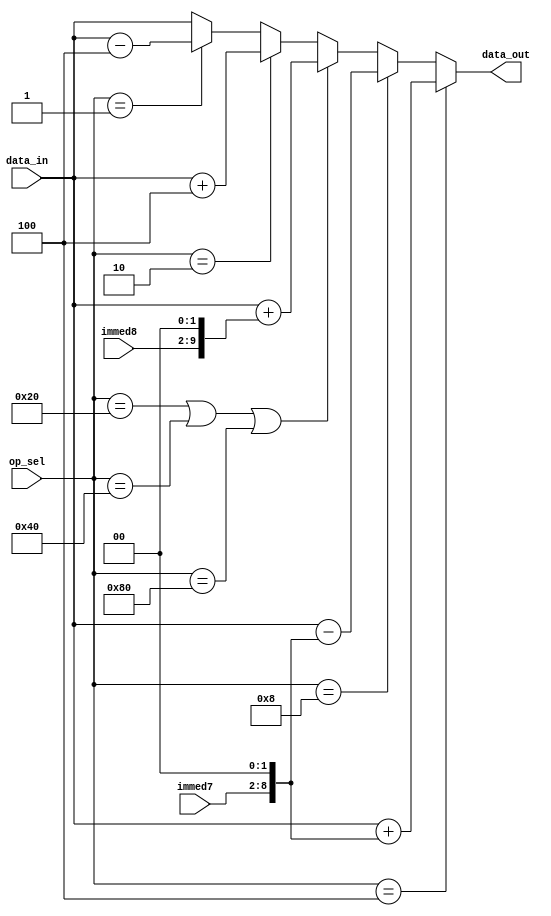
module ST_datapath(
  input [31:0] data_in,
  input [7:0]  op_sel,
  input [6:0]  immed7,
  input [7:0]  immed8,

  output reg [31:0] data_out
);

  /* op codes */
  parameter NOP   = 8'b0000_0000;
  parameter PUSH  = 8'b0000_0001;
  parameter POP   = 8'b0000_0010;
  parameter ADDSP = 8'b0000_0100;
  parameter SUBSP = 8'b0000_1000;
  parameter MOVSP = 8'b0001_0000;
  parameter ADDS  = 8'b0010_0000;
  parameter LDRSP = 8'b0100_0000;
  parameter STRSP = 8'b1000_0000;

  /* compute data_out */
  always @(*)
    begin
      if (op_sel == ADDSP)
        begin
          data_out = data_in + {{23{1'b0}}, immed7[6:0], 2'b00};
        end
      else if (op_sel == SUBSP)
        begin
          data_out = data_in - {{23{1'b0}}, immed7[6:0], 2'b00};
        end
      else if (op_sel == ADDS || op_sel == LDRSP || op_sel == STRSP)
        begin
          data_out = data_in + {{22{1'b0}}, immed8[7:0], 2'b00};
        end
      else if (op_sel == POP)
        begin
          data_out = data_in + 4;
        end
      else if (op_sel == PUSH)
        begin
          data_out = data_in - 4;
        end
      else
        begin
          data_out = data_in; 
        end
    end

endmodule